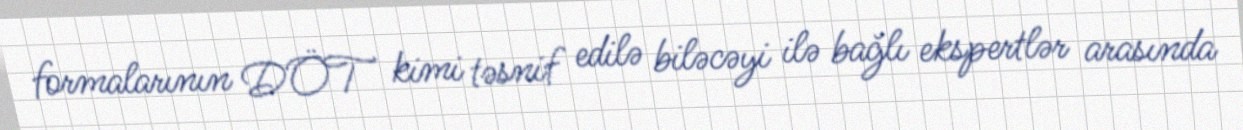
formalarının DÖT kimi təsnif edilə biləcəyi ilə bağlı ekspertlər arasında